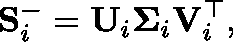
\mathbf { S } _ { i } ^ { - } = \mathbf { U } _ { i } \mathbf { \Sigma } _ { i } \mathbf { V } _ { i } ^ { \top } ,